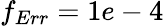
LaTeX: f_{Err}=1e-4